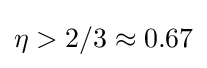
\eta >2/3\approx 0.67